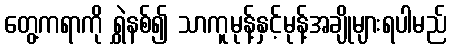
တွေ့ကရာကို ရွှဲနစ်၍ သာကူမုန့်နှင့်မုန့်အချိုများရပါမည်